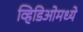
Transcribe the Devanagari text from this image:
व्हिडिओमध्ये